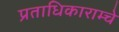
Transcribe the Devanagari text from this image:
प्रताधिकाराम्चे